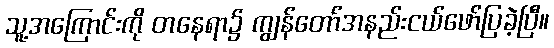
သူ့အကြောင်းကို တနေရာ၌ ကျွန်တော်အနည်းငယ်ဖော်ပြခဲ့ပြီ။